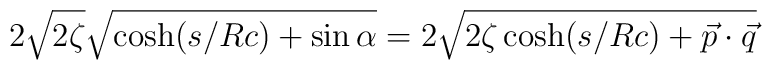
2 \sqrt{2 \zeta} \sqrt{\cosh({s/Rc}) + \sin{\alpha}} = 2 \sqrt{2 \zeta \cosh({s/Rc}) + {\vec p} \cdot {\vec q}}